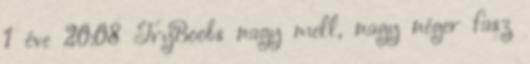
1 éve 20:08 TryBoobs nagy mell, nagy néger fasz